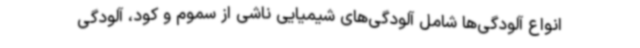
انواع آلودگی‌ها شامل آلودگی‌های شیمیایی ناشی از سموم و کود، آلودگی